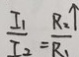
\frac { I _ { 1 } } { I _ { 2 } } = \frac { R _ { 2 \uparrow } } { R _ { 1 } }